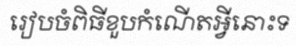
រៀបចំពិធីខួបកំណើតអ្វីនោះទ